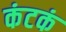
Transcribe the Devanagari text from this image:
कंटकं